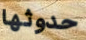
حدوثها